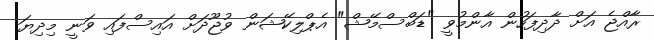
ރާއްޖެ އަށް ދާދިފަހުން އާންމުވީ "ޑަބްސްމޭޝް" އެޕްލިކޭޝަން ވުޖޫދަށް އައިސްފައި ވަނީ މިދިޔަ